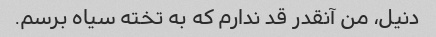
دنیل، من آنقدر قد ندارم که به تخته سیاه برسم.